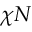
\chi N